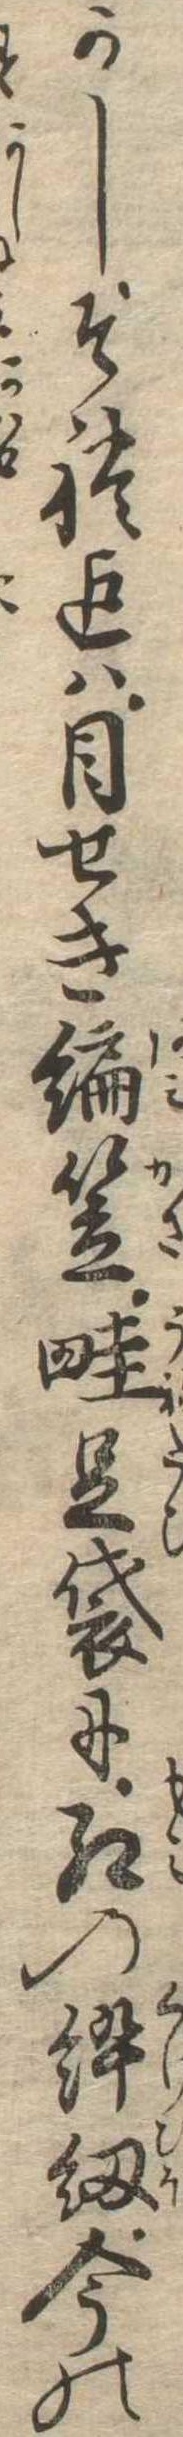
かしそれ迄は目せき編笠畦足袋に紅の紐今の